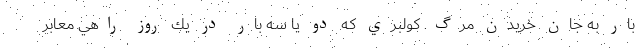
بار به جان خريدن مرگ. كولبري كه دو يا سه بار در يك روز راهي معابر